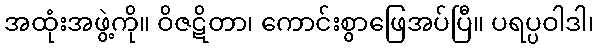
အထုံးအဖွဲ့ကို။ ဝိဇဋိတာ၊ ကောင်းစွာဖြေအပ်ပြီ။ ပရပ္ပဝါဒါ၊